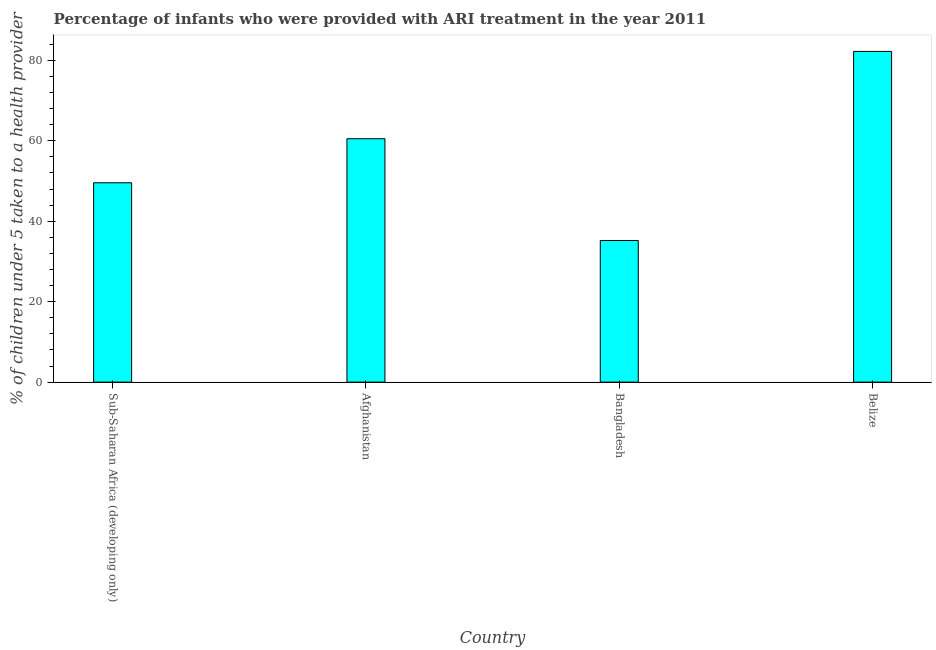
| Country | ARI treatment |
 | --- | --- |
 | Sub-Saharan Africa (developing only) | 49.6 |
 | Afghanistan | 60.5 |
 | Bangladesh | 35.2 |
 | Belize | 82.2 |